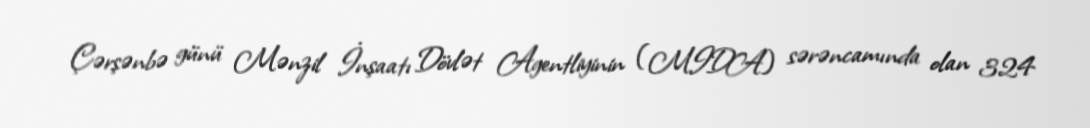
Çərşənbə günü Mənzil İnşaatı Dövlət Agentliyinin (MIDA) sərəncamında olan 324